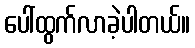
ပေါ်ထွက်လာခဲ့ပါတယ်။